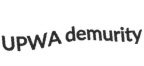
UPWA demurity